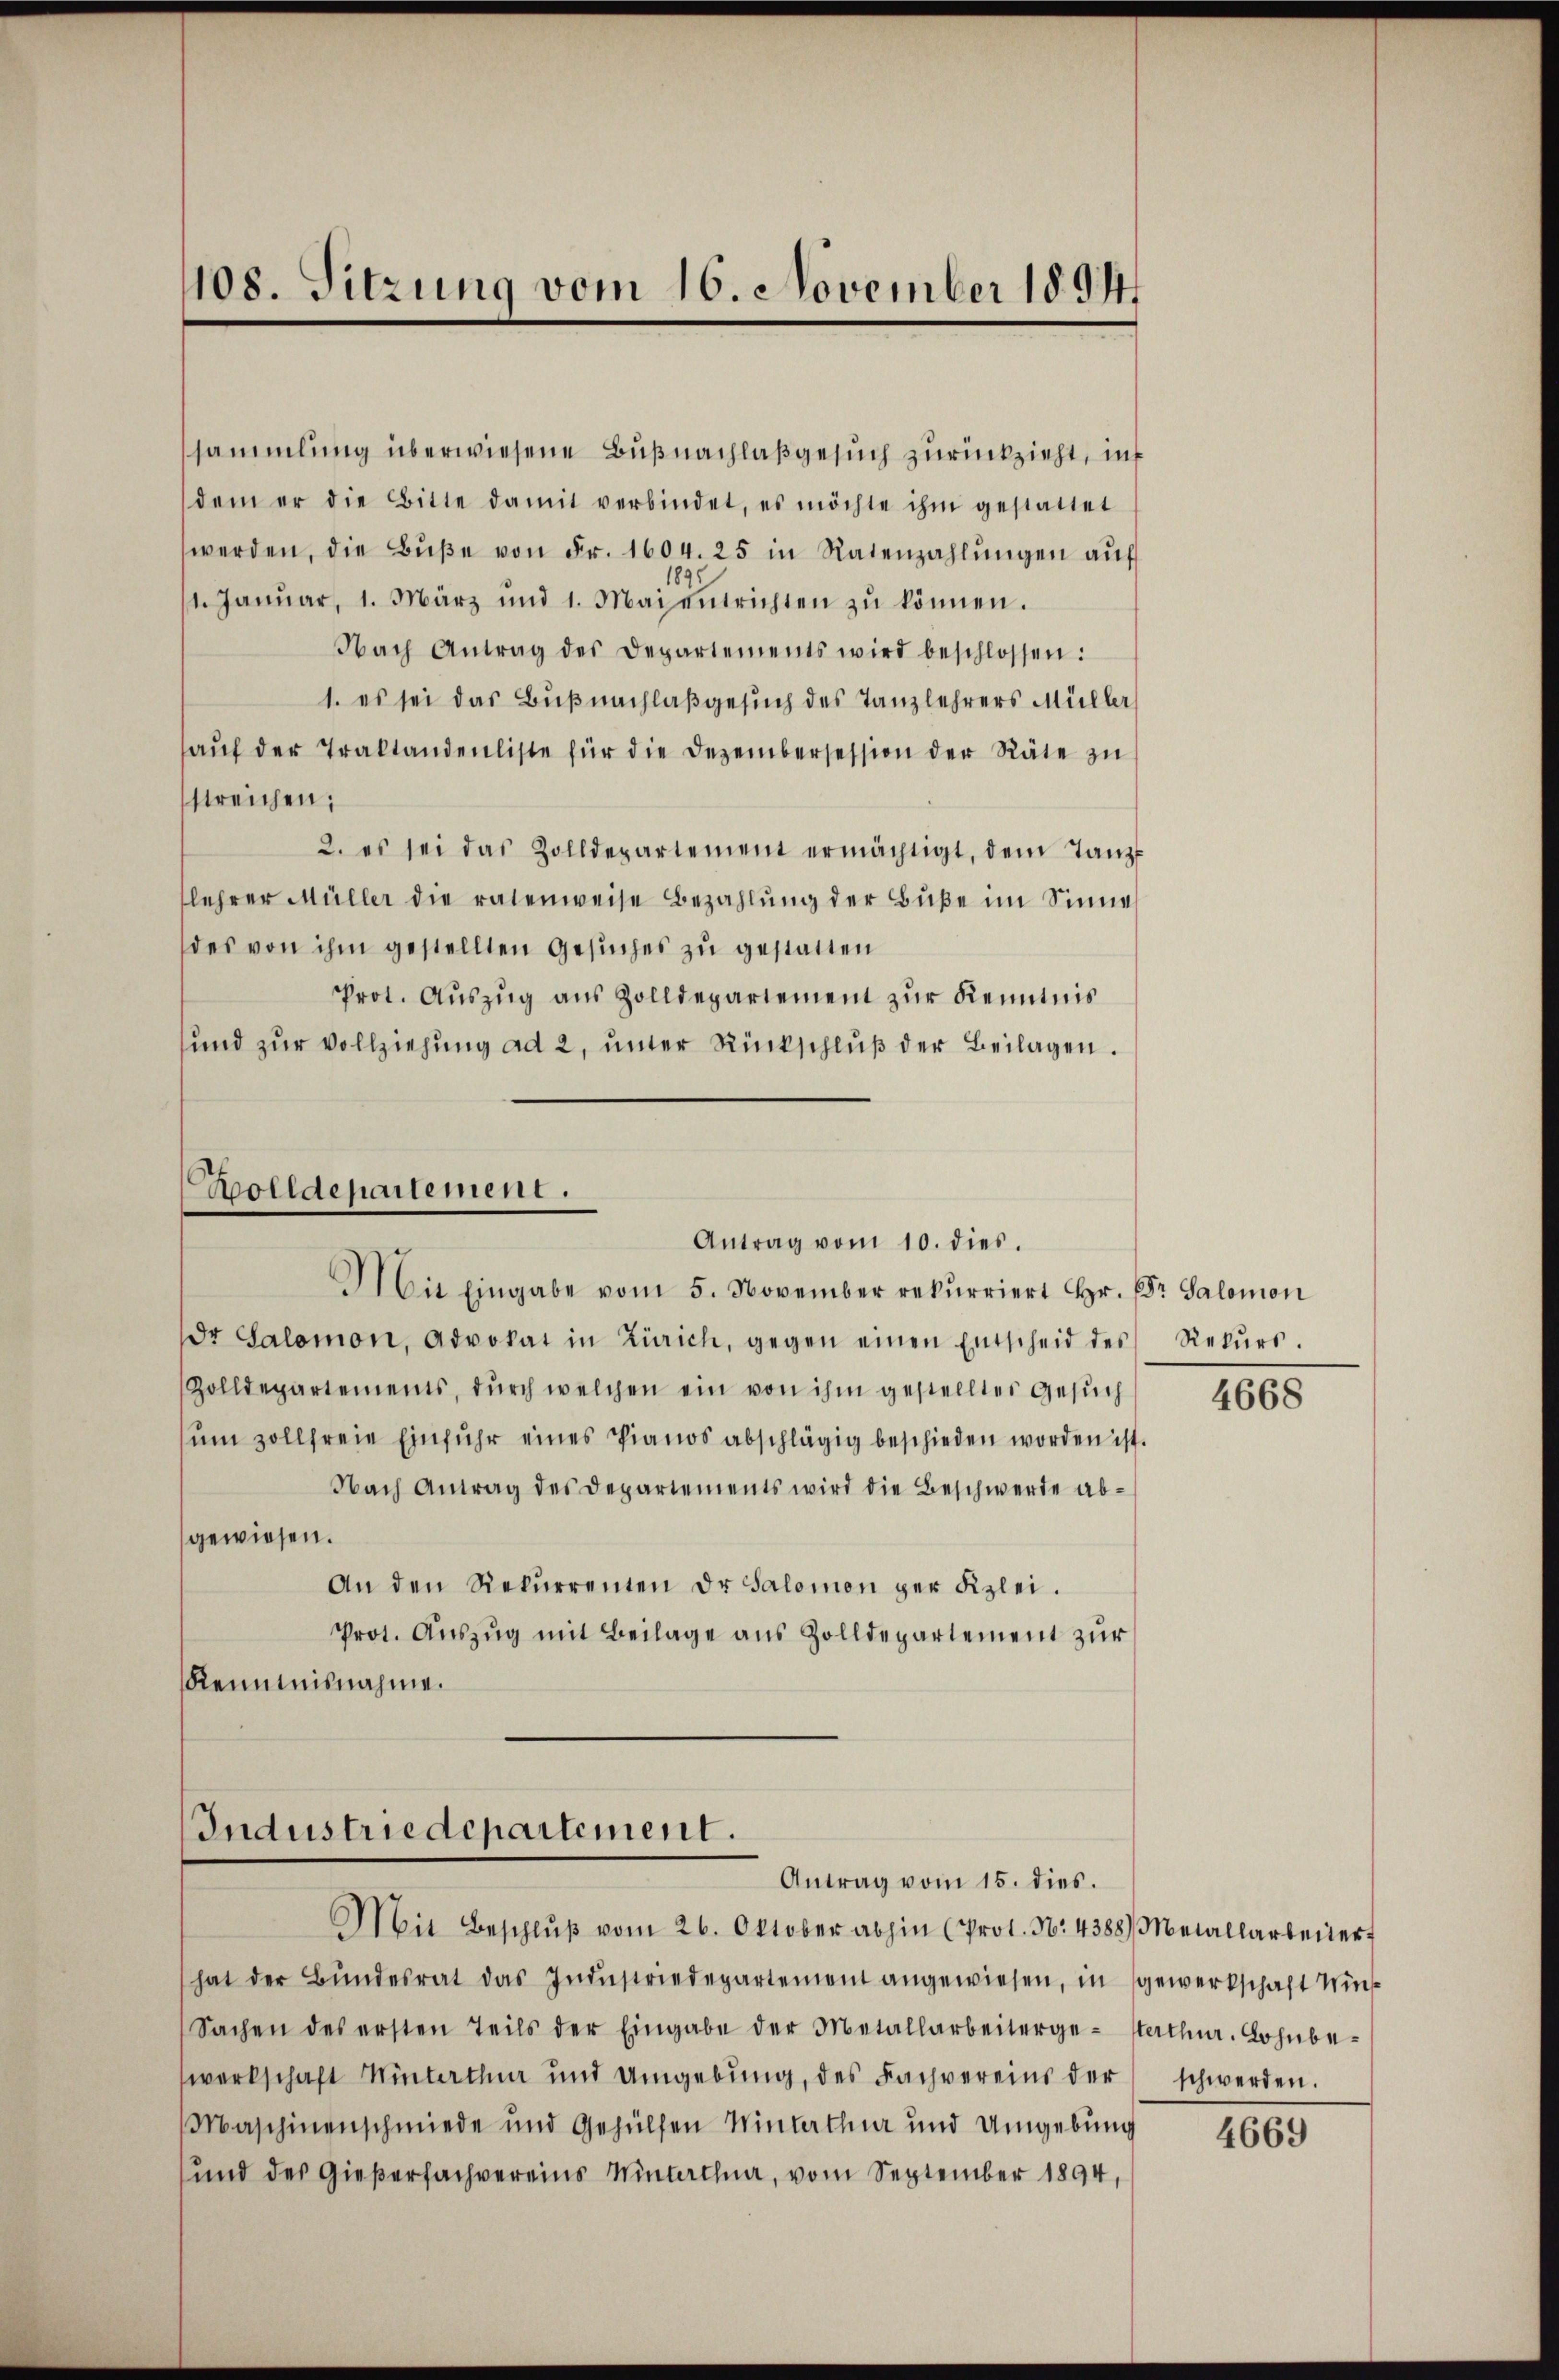
108. Sitzung vom 16. November 189

sammlung überwiesene Bußnachlaßgesuch zurückzieht, in
dem er die Bitte damit verbindet, es möchte ihm gestattet
werden, die Bŭβe von Fr. 1604. 25 in Ratenzahlŭngen aŭf
89.
1. Janŭar, 1. März und 1. Mai entrichten zŭ können.
Nach Antrag des Departements wird beschlossen:
1. es sei das Büßnachlaß gesuch des Tanzlehrers Müller
aŭf der Traktandenliste für die Dezembersession der Räte zŭ
streichen;
2. es sei das Zolldepartement ermächtigt, dem Tanz-
lehrer Müller die ratenweise Bezahlung der Buße im Sinne
des von ihm gestellten Gesuches zu gestatten
Prot. Auszug aus Zolldepartement zur Kenntnis
und zŭr Vollziehung ad 2, unter Rückschlŭβ der Beilagen.

Bolldepartement.
Antrag vom 10. dies.

Industriedepartement.
Antrag vom 15. dies.
Mit Beschlŭβ vom 26. Oktober abhin (Prot. N. 4388) Metallarbener

Mit Eingabe vom 5. November rekurriert Hr. Er Salomon
dr Salomon, Advokat in Zürich, gegen einen Entscheid des Rekŭrs.
Zolldepartements, dŭrch welchen ein von ihm gestelltes Gesŭch
ŭm zollfreie Einfuhr eines Pianos abschlägig beschieden worden ist.
Nach Antrag des Departements wird die Beschwerde ab-
gewiesen.
An den Rekŭrrenten dr Salomon der Kzlei.
Prot. Auszug mit Beilage aus Zolldepartement zur
Kenntnisnahme.

hat der Bŭndesrat das Indŭstriedepartement angewiesen, in gewerkschaft Win-
Sachen des ersten Teils der Eingabe der Metallarbeiterge- Verthur. Lohnbe-
werkschaft Winterthur und Umgebung, des Fachvereins der schwerden.
Maschinenschmiede und Gehülfen Winterthur und Umgebung
und des Gießerfachvereins Wintertha, vom September 1894,

4668

4669